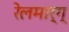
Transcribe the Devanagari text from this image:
रेलमार्ग्